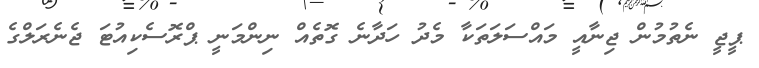
ޕީޖީ ނެތުމުން ޖިނާއީ މައްސަލަތަކާ މެދު ހަދާނެ ގޮތެއް ނިންމަނީ ޕްރޮސެކިއުޓަ ޖެނެރަލްގެ